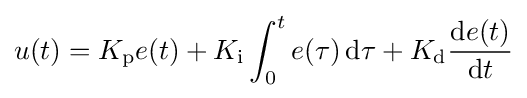
u(t)=K_{\text{p}}e(t)+K_{\text{i}}\int _{0}^{t}e(\tau )\,\mathrm {d} \tau +K_{\text{d}}{\frac {\mathrm {d} e(t)}{\mathrm {d} t}}